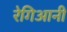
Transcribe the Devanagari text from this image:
रेगिआनी